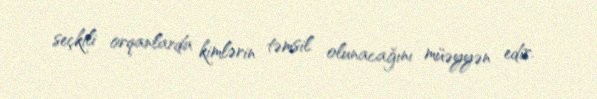
seçkili orqanlarda kimlərin təmsil olunacağını müəyyən edir.